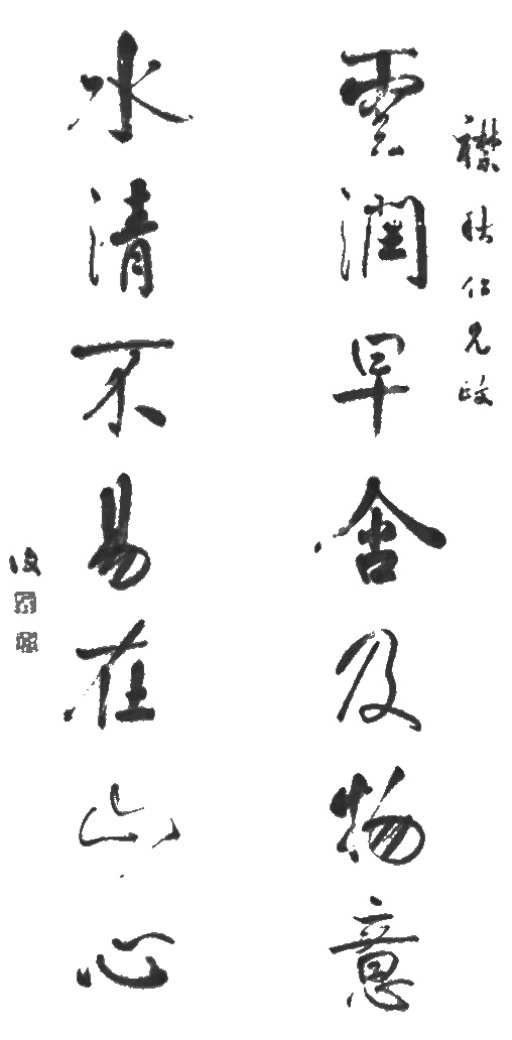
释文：云润早含及物意，水清不易在山心。襟秋仁兄政。复。